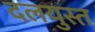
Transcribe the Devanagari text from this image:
दलयुस्त